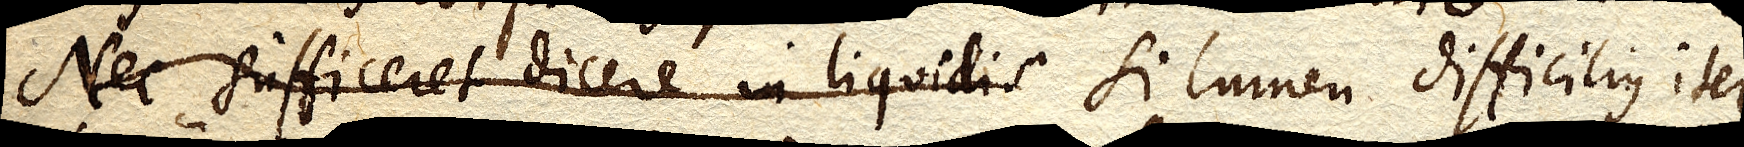
Nec sufficeret dicere in liquidis Si lumen difficilius iter